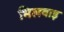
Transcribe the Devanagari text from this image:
भिलवाड़